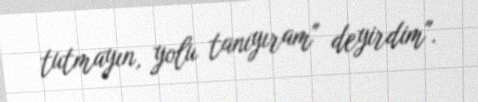
tutmayın, yolu tanıyıram" deyirdim".